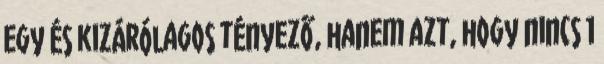
egy és kizárólagos tényező, hanem azt, hogy nincs 1